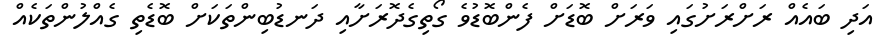
އަދި ބައެއް ރަށްރަށުގައި ވަރަށް ބޮޑަށް ފެންބޮޑުވެ ގޯތިގެދޮރަށާއި ދަނޑުބިންތަކަށް ބޮޑެތި ގެއްލުންތަކެއް